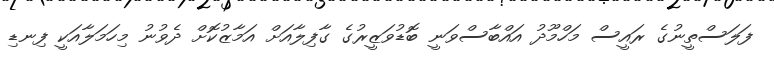
ފަލަސްތީނުގެ ރައީސް މަހްމޫދު އައްބާސްވަނީ ބޮޑުވަޒީރުގެ ގާފިލާއަށް އަމާޒުކޮށް ދެވުނު މިހަމަލާއަކީ ފިނޑި